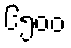
၆၅၀၀